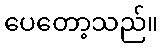
ပေတော့သည်။